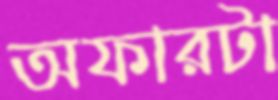
অফারটা